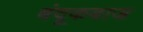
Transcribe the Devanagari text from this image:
बंदूकबाज